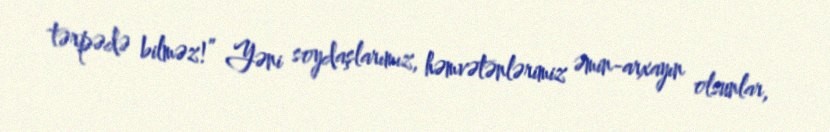
tərpədə bilməz!” Yəni soydaşlarımız, həmvətənlərimiz əmin-arxayın olsunlar,